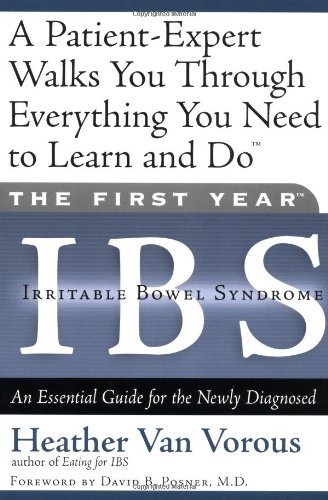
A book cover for The First Year: IBS (Irritable Bowel Syndrome)--An Essential Guide for the Newly Diagnosed; Heather Van Vorous; Health, Fitness & Dieting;